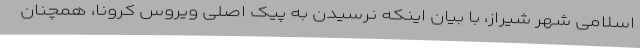
اسلامی شهر شیراز، با بیان اینکه نرسیدن به پیک اصلی ویروس کرونا، همچنان